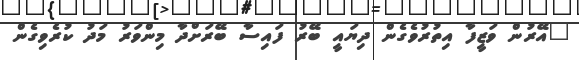
"އޭރުން ވަޒީފާ އިތުރުވެގެން ދިޔައީ ބޭރު ފައިސާ ބޭރަށްދާ މިންވަރު މަދު ކުރެވިގެން